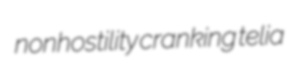
nonhostility cranking telia